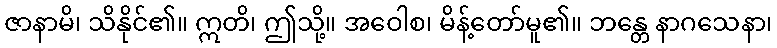
ဇာနာမိ၊ သိနိုင်၏။ ဣတိ၊ ဤသို့။ အဝေါစ၊ မိန့်တော်မူ၏။ ဘန္တေ နာဂသေနာ၊